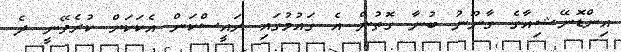
އިންޑޮނޭޝިއާގެ ގާނޫނު ބުނާ ގޮތުން އެ ގައުމުގައި ރައީސްކަން އެކަކަށް ކުރެވޭނީ ދެ